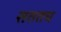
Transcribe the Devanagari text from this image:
सततच